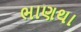
ભાણથા